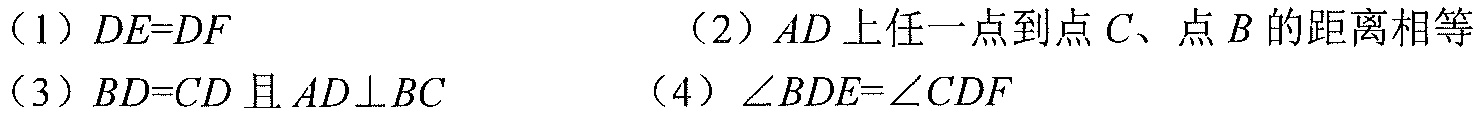
（1）\(DE = DF\)
（2）\(AD\)上任一点到点\(C\)、点\(B\)的距离相等
（3）\(BD = CD\)且\(AD\perp BC\)
（4）\(\angle BDE=\angle CDF\)